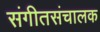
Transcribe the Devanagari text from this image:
संगीतसंचालक